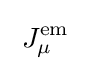
\;J_{\mu }^{\mathrm {em} }\;